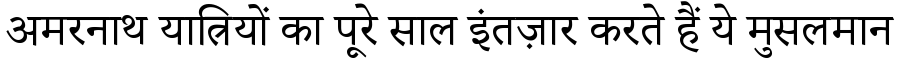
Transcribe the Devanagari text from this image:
अमरनाथ यात्रियों का पूरे साल इंतज़ार करते हैं ये मुसलमान